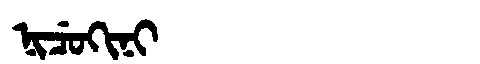
Manchu: ᠨᡳᠴᡠᡴᡳᠨᡳ
Romanization: NICUKINI